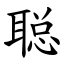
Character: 聪